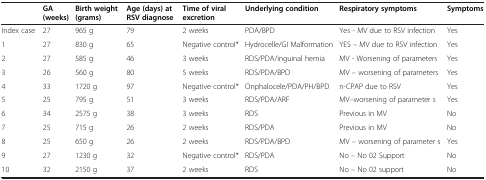
<table><thead><tr><td><b> </b></td><td><b>GA (weeks)</b></td><td><b>Birth weight (grams)</b></td><td><b>Age (days) at RSV diagnose</b></td><td><b>Time of viral excretion</b></td><td><b>Underlying condition</b></td><td><b>Respiratory symptoms</b></td><td><b>Symptoms</b></td></tr></thead><tbody><tr><td>Index case</td><td>27</td><td>965 g</td><td>79</td><td>2 weeks</td><td>PDA/BPD</td><td>Yes - MV due to RSV infection</td><td>Yes</td></tr><tr><td>1</td><td>27</td><td>830 g</td><td>65</td><td>Negative control*</td><td>Hydrocelle/GI Malformation</td><td>YES – MV due to RSV infection</td><td>Yes</td></tr><tr><td>2</td><td>27</td><td>585 g</td><td>46</td><td>3 weeks</td><td>RDS/PDA/inguinal hernia</td><td>MV - Worsening of parameters</td><td>Yes</td></tr><tr><td>3</td><td>26</td><td>560 g</td><td>80</td><td>5 weeks</td><td>RDS/PDA/BPD</td><td>MV – worsening of parameters</td><td>Yes</td></tr><tr><td>4</td><td>33</td><td>1720 g</td><td>97</td><td>Negative control*</td><td>Onphalocele/PDA/PH/BPD</td><td>n-CPAP due to RSV</td><td>Yes</td></tr><tr><td>5</td><td>25</td><td>795 g</td><td>51</td><td>3 weeks</td><td>RDS/PDA/ARF</td><td>MV–worsening of parameter s</td><td>Yes</td></tr><tr><td>6</td><td>34</td><td>2575 g</td><td>38</td><td>3 weeks</td><td>RDS</td><td>Previous in MV</td><td>No</td></tr><tr><td>7</td><td>25</td><td>715 g</td><td>26</td><td>2 weeks</td><td>RDS/PDA</td><td>Previous in MV</td><td>No</td></tr><tr><td>8</td><td>25</td><td>650 g</td><td>26</td><td>2 weeks</td><td>RDS/PDA/BPD</td><td>MV – worsening of parameter s</td><td>Yes</td></tr><tr><td>9</td><td>27</td><td>1230 g</td><td>32</td><td>Negative control*</td><td>RDS/PDA</td><td>No – No 02 Support</td><td>No</td></tr><tr><td>10</td><td>32</td><td>2150 g</td><td>37</td><td>2 weeks</td><td>RDS</td><td>No – No 02 support</td><td>No</td></tr></tbody></table>